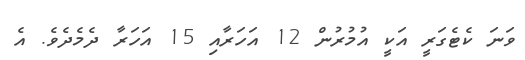
ވަނަ ކެޓެގަރީ އަކީ އުމުރުން 12 އަހަރާއި 15 އަހަރާ ދެމެދެވެ. އެ